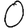
Digit: 0